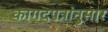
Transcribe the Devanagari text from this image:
कागदपत्रांनुसार